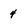
Character: 4